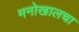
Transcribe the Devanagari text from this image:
मनोखालचा